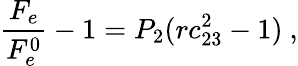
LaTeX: \frac{F_{e}}{F_{e}^{0}}-1=P_{2}(rc_{23}^{2}-1)~,